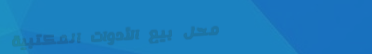
محل بيع الأدوات المكتبية